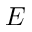
E